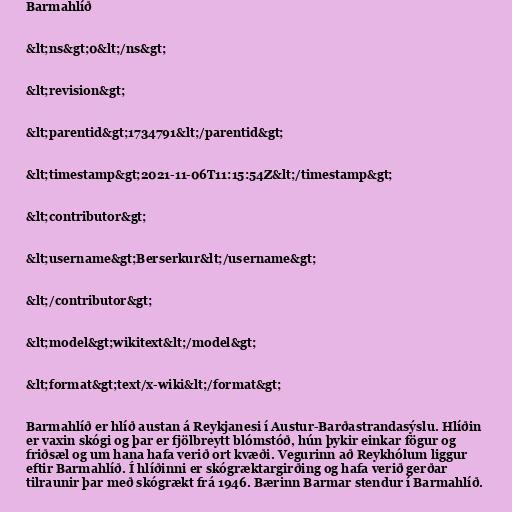
Barmahlíð

&lt;ns&gt;0&lt;/ns&gt;

&lt;revision&gt;

&lt;parentid&gt;1734791&lt;/parentid&gt;

&lt;timestamp&gt;2021-11-06T11:15:54Z&lt;/timestamp&gt;

&lt;contributor&gt;

&lt;username&gt;Berserkur&lt;/username&gt;

&lt;/contributor&gt;

&lt;model&gt;wikitext&lt;/model&gt;

&lt;format&gt;text/x-wiki&lt;/format&gt;

Barmahlíð er hlíð austan á Reykjanesi í Austur-Barðastrandasýslu. Hlíðin
er vaxin skógi og þar er fjölbreytt blómstóð, hún þykir einkar fögur og
friðsæl og um hana hafa verið ort kvæði. Vegurinn að Reykhólum liggur
eftir Barmahlíð. Í hlíðinni er skógræktargirðing og hafa verið gerðar
tilraunir þar með skógrækt frá 1946. Bærinn Barmar stendur í Barmahlíð.